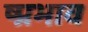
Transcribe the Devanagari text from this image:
ष्प्रभाव